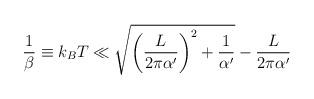
LaTeX: \begin{align*}\frac{1}{\beta}\equiv k_BT\ll \sqrt{ \left( \frac{L}{2\pi\alpha'}\right)^2+\frac{1}{\alpha'} }-\frac{L}{2\pi\alpha'}\end{align*}